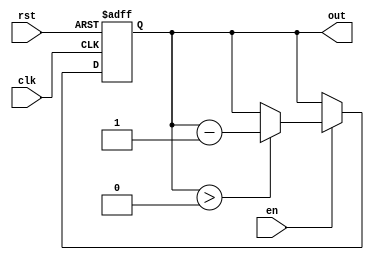
module down_counter_moore (
    input wire clk,         // Clock signal
    input wire rst,         // Asynchronous reset signal
    input wire en,          // Enable signal
    output reg [2:0] out    // Count output (3 bits for counting down from 7)
);

// State declaration
parameter INITIAL_VALUE = 3'b111; // Initial count value (7 in binary)
parameter ZERO_STATE = 3'b000;     // Zero state

// State register
reg [2:0] current_state;

// Sequential logic for state transitions
always @(posedge clk or posedge rst) begin
    if (rst) begin
        current_state <= INITIAL_VALUE; // Reset to initial value
    end else if (en) begin
        if (current_state > ZERO_STATE) begin
            current_state <= current_state - 1; // Decrement count
        end
        // If current_state is 0, remain in zero state
    end
end

// Output logic (Moore output)
always @(current_state) begin
    out <= current_state; // Output the current state
end

endmodule